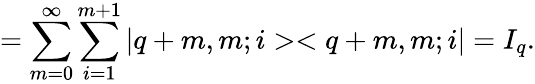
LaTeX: =\sum_{m=0}^{\infty}\sum_{i=1}^{m+1}|q+m,m;i><q+m,m;i|=I_{q}.